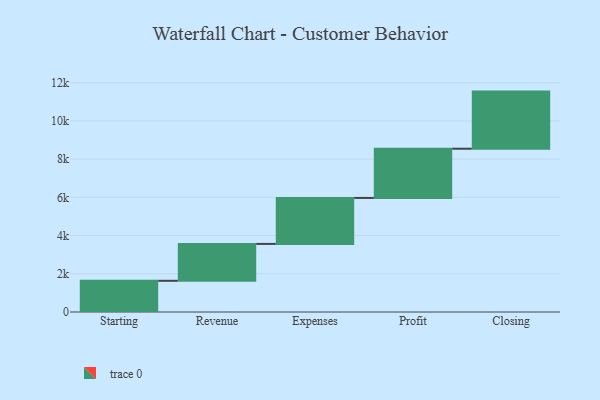
{"axis": {"x": "Step", "y": "Value"}, "legend": [""], "data": [{"x": "Starting", "y": 1633.0, "type": ""}, {"x": "Revenue", "y": 1930.0, "type": ""}, {"x": "Expenses", "y": 2406.0, "type": ""}, {"x": "Profit", "y": 2576.0, "type": ""}, {"x": "Closing", "y": 2989.0, "type": ""}]}